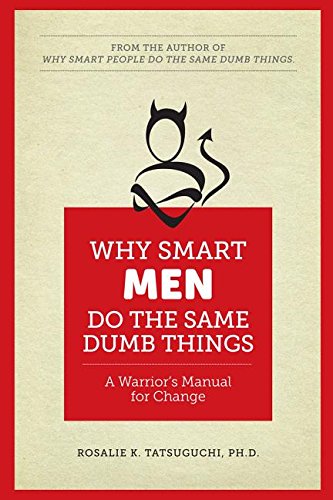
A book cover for Why Smart Men Do the Same Dumb Things: A Warrior's Manual for Change; Rosalie K. Tatsuguchi; Self-Help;